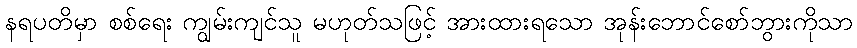
နရပတိမှာ စစ်ရေး ကျွမ်းကျင်သူ မဟုတ်သဖြင့် အားထားရသော အုန်းဘောင်စော်ဘွားကိုသာ